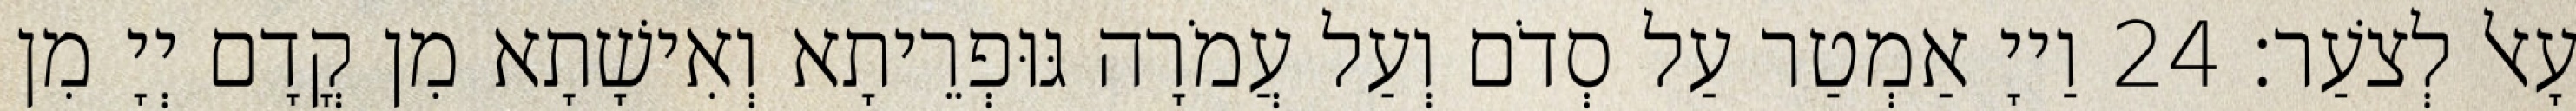
עָאל לְצֹעַר׃ 24 וַייָ אַמְטַר עַל סְדֹם וְעַל עֲמֹרָה גּוּפְרֵיתָא וְאִישָׁתָא מִן קֳדָם יְיָ מִן